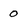
Character: O